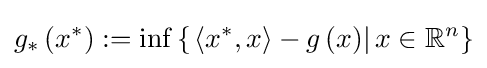
g_{*}\left(x^{*}\right):=\inf \left\{\left.\left\langle x^{*},x\right\rangle -g\left(x\right)\right|x\in \mathbb {R} ^{n}\right\}